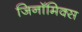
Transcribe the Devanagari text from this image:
जिनॉमिक्स